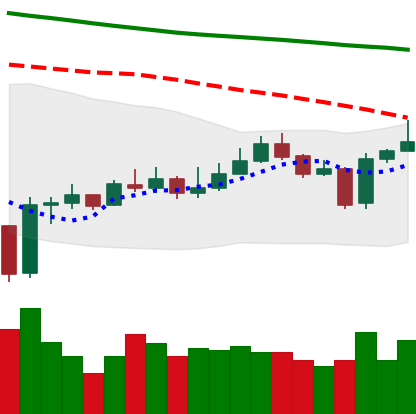
Ticker: EOS-USD
Chart end date: 2020-01-05
Forward return: 9.858%
Label: up_7plus